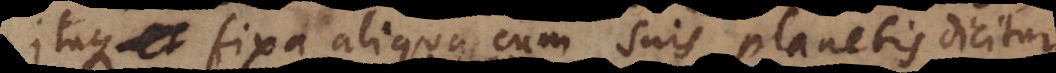
, et fixa aliqua cum suis planetis dicitur